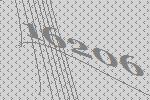
16206